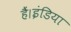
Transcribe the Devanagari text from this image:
हैं।इंडिया